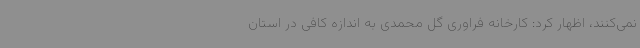
نمی‌کنند، اظهار کرد: کارخانه فراوری گل محمدی به اندازه کافی در استان